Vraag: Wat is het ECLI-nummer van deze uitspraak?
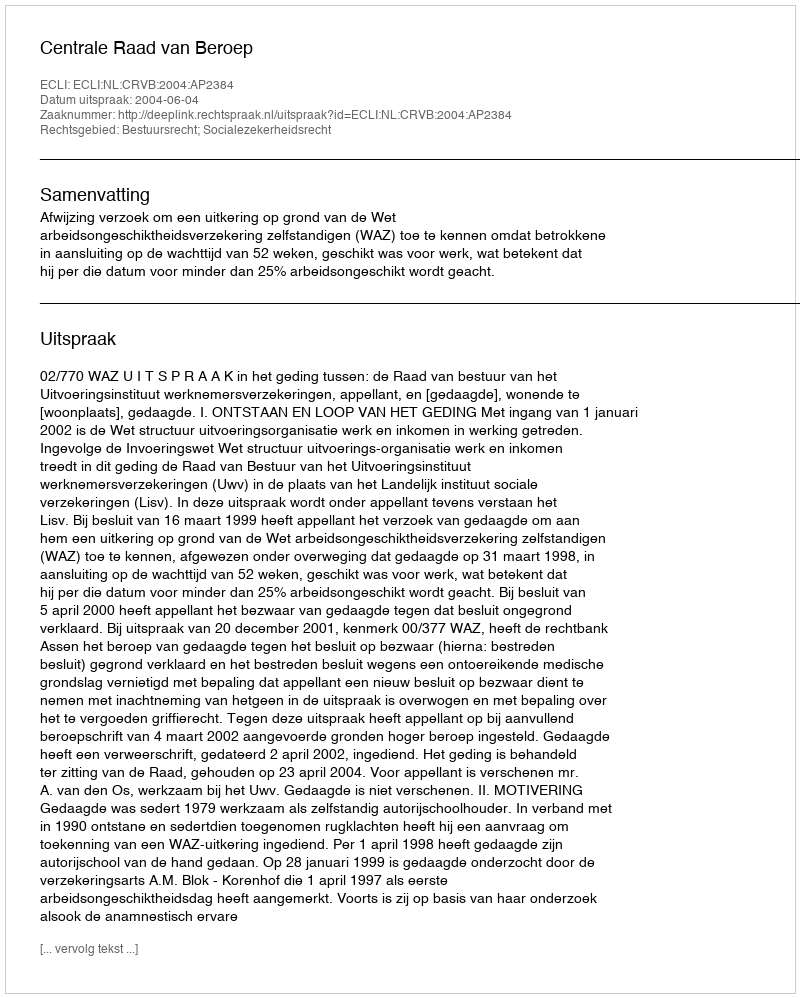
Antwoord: ECLI:NL:CRVB:2004:AP2384